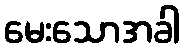
မေးသောအခါ